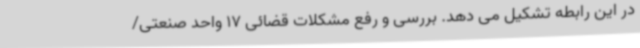
در این رابطه تشکیل می دهد. بررسی و رفع مشکلات قضائی 17 واحد صنعتی/